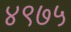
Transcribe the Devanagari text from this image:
४९७५